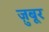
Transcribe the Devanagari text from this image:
ज़ुबूर